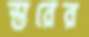
স্তরের